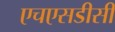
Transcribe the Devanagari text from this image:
एचएसडीसी